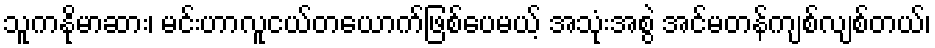
သူကနိုမာဆား၊ မင်းဟာလူငယ်တယောက်ဖြစ်ပေမယ့် အသုံးအစွဲ အင်မတန်ကျစ်လျစ်တယ်၊